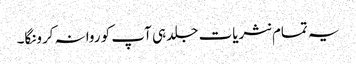
یہ تمام نثریات جلد ہی آپ کو روانہ کرونگا۔